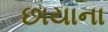
છાયાના